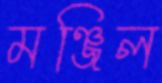
মঞ্জিল